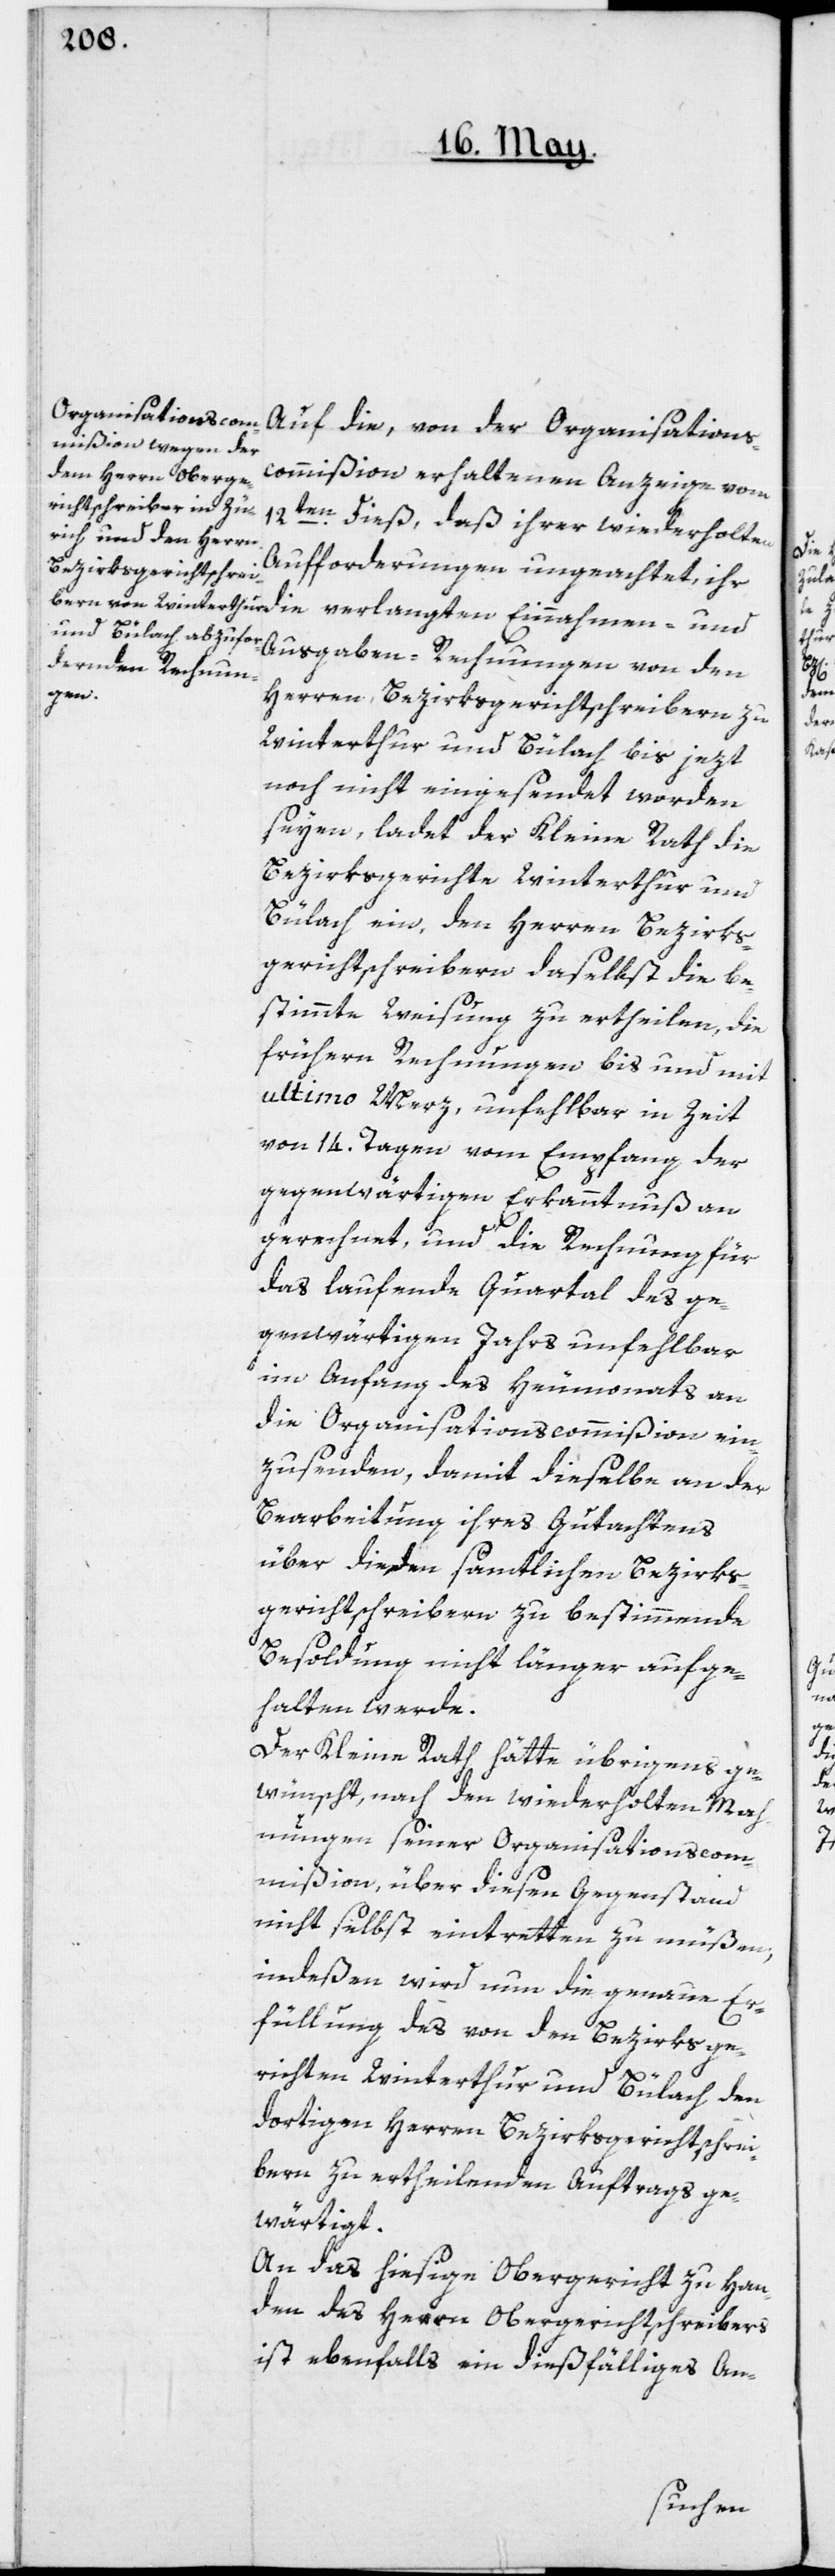
12ten dieß, daß ihrer wiederholten
Aufforderungen ungeachtet, ihr
Ausgaben-Rechnungen von den
haltenen
Herren Bezirksgerichtschreibern zu
Winterthur und Bülach bis jezt
noch nicht eingesendet worden
seyen, ladet der kleine Rath die
Bezirksgerichte Winterthur und
Bülach ein, den Herren Bezirks¬
gerichtschreibern daselbst die be¬
stimmte Weisung zu ertheilen, die
frühern Rechnungen bis und mit
ultimo Merz, unfehlbar in Zeit
von 14. Tagen vom Empfang der
gegenwärtigen Erkanntnuß an
gerechnet, und die Rechnung für
das laufende Quartal des ge¬
genwärtigen Jahrs unfehlbar
im Anfang des Heumonats an
die Organisationscommißion ein¬
zusenden, damit dieselbe an der
Bearbeitung ihres Gutachtens
über die den sämtlichen Bezirks¬
gerichtschreibern zu bestimmende
Besoldung nicht länger aufge¬
halten werde.
Der Kleine Rath hätte übrigens ge¬
wünscht, nach den wiederholten Mah¬
nungen seiner Organisationscom¬
mißion, über diesen Gegenstand
nicht selbst eintretten zu müßen,
indeßen wird nun die genaue Er¬
füllung des von den Bezirksge¬
richten Winterthur und Bülach den
dortigen Herren Bezirksgerichtschrei¬
bern zu ertheilenden Auftrags ge¬
wärtigt.
An das hiesige Obergericht zu Han¬
den des Herrn Obergerichtschreibers
ist ebenfalls ein dießfälliges An-